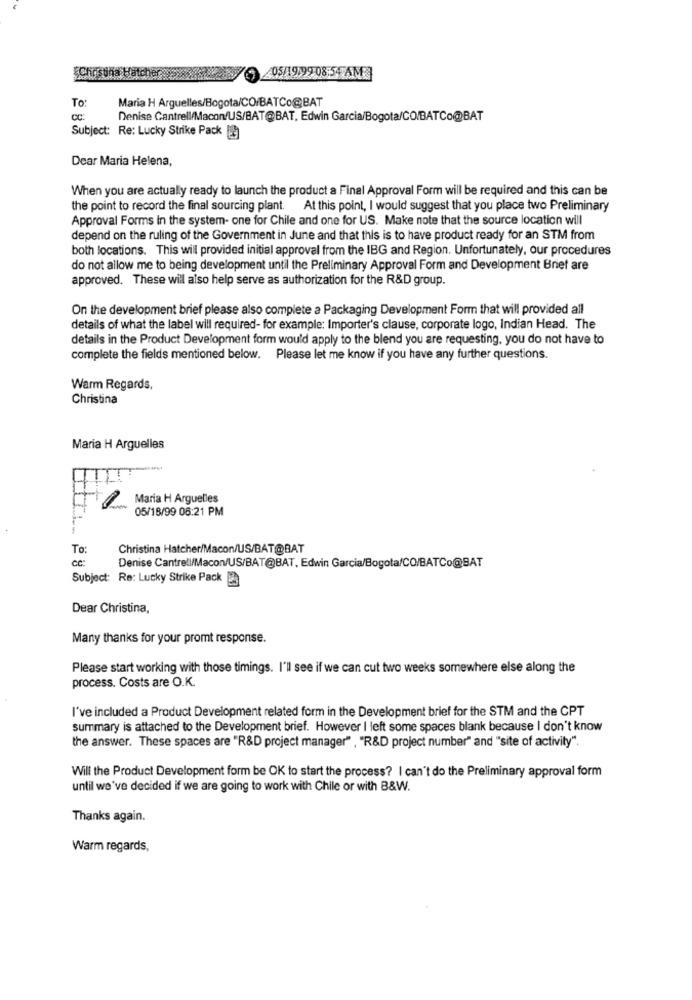
05/19199 08 55 AND
To:
Maria H Arguelles/Bogota/CO/BATCo@BAT
Denise Cantrell/Macon/US/BAT@BAT, Edwin Garcia/Bogota/CO/BATCo@BAT
Subject: Re: Lucky Strike Pack [3]
Dear Maria Helena,
When you are actually ready to launch the product a Final Approval Form will be required and this can be
the point to record the final sourcing plant. At this point, I would suggest that you place two Preliminary
Approval Forms In the system- one for Chile and one for US. Make note that the source location will
depend on the ruling of the Government in June and that this is to have product ready for an STM from
both locations. This will provided initial approval from the IBG and Region. Unfortunately, our procedures
do not allow me to being development until the Preliminary Approval Form and Development Brief are
approved. These will also help serve as authorization for the R&D group.
On the development brief please also complete a Packaging Development Form that will provided all
details of what the label will required- for example: Importer's clause, corporate logo, Indian Head. The
details in the Product Development form would apply to the blend you are requesting, you do not have to
complete the fields mentioned below. Please let me know if you have any further questions.
Warm Regards,
Christina
Maria H Arguelles
Maria H Arguelles
05/18/99 06:21 PM
To:
Christina Hatcher/Macon/US/BAT@BAT
Denise Cantrell/Macon/US/BAT@BAT, Edwin Garcia/Bogota/CO/BATCo@BAT
Subject: Re: Lucky Strike Pack
Dear Christina,
Many thanks for your promt response.
Please start working with those timings. I'll see if we can cut two weeks somewhere else along the
process. Costs are O.K.
I've included a Product Development related form in the Development brief for the STM and the CPT
summary is attached to the Development brief. However I left some spaces blank because I don't know
the answer. These spaces are "R&D project manager" , "R&D project number" and "site of activity".
Will the Product Development form be OK to start the process? I can't do the Preliminary approval form
until we've decided if we are going to work with Chile or with B&W.
Thanks again.
Warm regards,